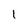
Character: 1